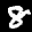
Label: 8